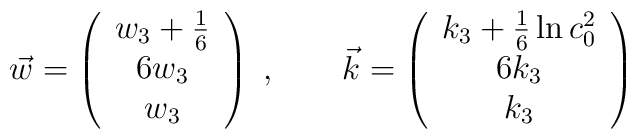
\vec{w}=     \left(                \begin{array}{c}                w_{3}+\frac{1}{6} \\                6w_{3} \\                w_{3} \\                \end{array}                \right)\; ,\qquad \vec{k}=   \left(                \begin{array}{c}                k_{3}+\frac{1}{6}\ln c_{0}^{2} \\                6k_{3} \\                k_{3} \\                \end{array}                \right)